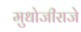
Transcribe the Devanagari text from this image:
मुधोजीराजे